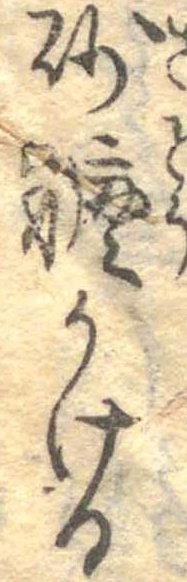
砂糖かける